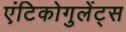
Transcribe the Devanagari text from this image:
एंटिकोगुलेंट्स